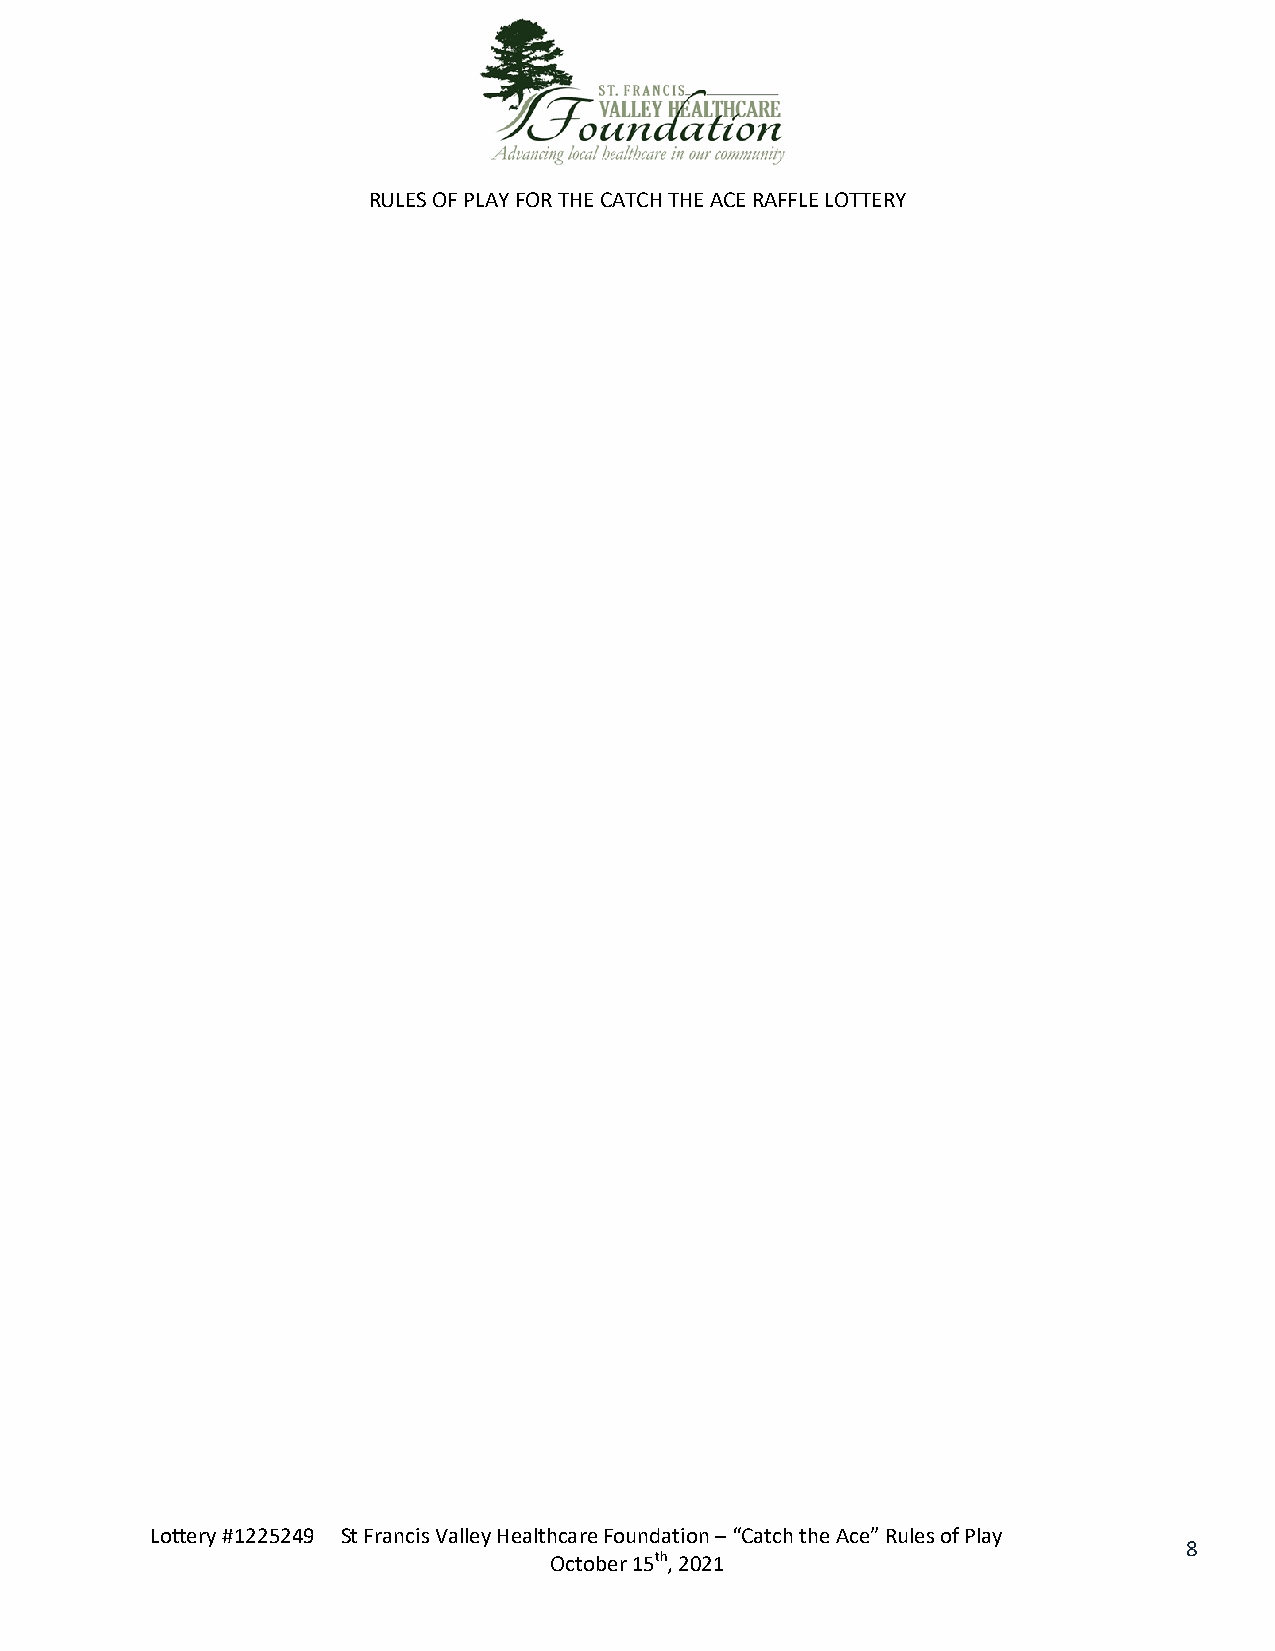
RULES OF PLAY FOR THE CATCH THE ACE RAFFLE LOTTERY
 Lottery #1225249 St Francis Valley Healthcare Foundation – “Catch the Ace” Rules of Play
 8
 October 15th, 2021